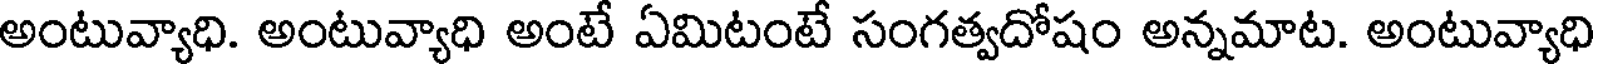
అంటువ్యాధి. అంటువ్యాధి అంటే ఏమిటంటే సంగత్వదోషం అన్నమాట. అంటువ్యాధి